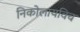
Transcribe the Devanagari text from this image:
निकोलायविच